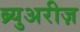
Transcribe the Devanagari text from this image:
ब्र्युअरीज़